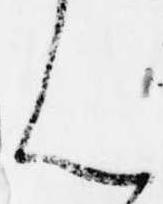
ん